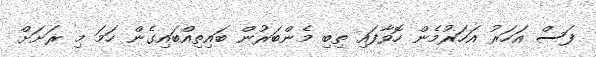
ފަސް އަހަރު އަހަރުމެން ހޮވާފައި ތިބި މެންބަރުން ބައިތިއްބައިގެން ހަމަ މި ރަަށަށް